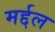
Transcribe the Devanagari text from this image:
मर्द्दल